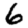
Digit: 6